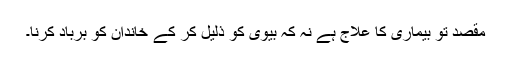
مقصد تو بیماری کا علاج ہے نہ کہ بیوی کو ذلیل کر کے خاندان کو برباد کرنا۔